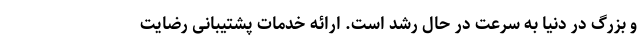
و بزرگ در دنیا به سرعت در حال رشد است. ارائه خدمات پشتیبانی رضایت